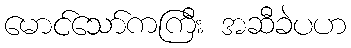
မောင်သော်ကကြီး အဆီခဲပဟ